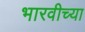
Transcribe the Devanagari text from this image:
भारवीच्या